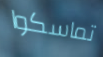
تماسكوا